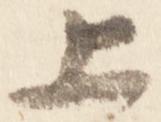
上